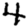
Digit: 4